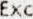
EXC